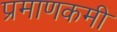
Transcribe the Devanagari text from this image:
प्रमाणकमी